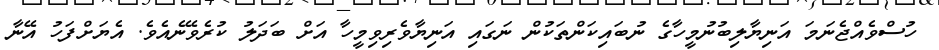
ހުސްވެއްޖެނަމަ އަނިޔާލިބުނުމީހާގެ ނުބައިކަންތަކުން ނަގައި އަނިޔާވެރިވިމީހާ އަށް ބަދަލު ކުރެވޭނެއެވެ. އެޔަށްފަހު އޭނާ